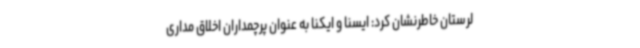
لرستان خاطرنشان کرد: ایسنا و ایکنا به عنوان پرچمداران اخلاق مداری